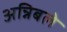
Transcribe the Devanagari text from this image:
अन्निबले